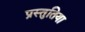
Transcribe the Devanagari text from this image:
प्रस्तुतिया